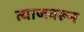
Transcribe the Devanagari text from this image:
त्याजवरून